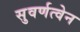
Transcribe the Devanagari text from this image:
सुवर्णत्वेन